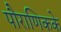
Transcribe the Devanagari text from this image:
पौराणिकके